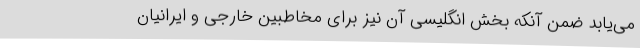
می‌یابد ضمن آنکه بخش انگلیسی آن نیز برای مخاطبین خارجی و ایرانیان